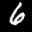
Label: 6